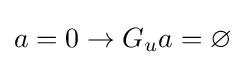
a=0\rightarrow G_{u}a=\varnothing